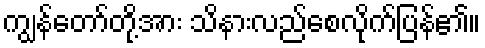
ကျွန်တော်တို့အား သိနားလည်စေလိုက်ပြန်၏။